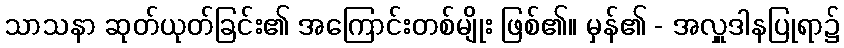
သာသနာ ဆုတ်ယုတ်ခြင်း၏ အကြောင်းတစ်မျိုး ဖြစ်၏။ မှန်၏ - အလှူဒါနပြုရာ၌